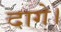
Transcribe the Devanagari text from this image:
दागे।